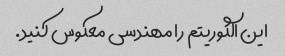
این الگوریتم را مهندسی معکوس کنید.